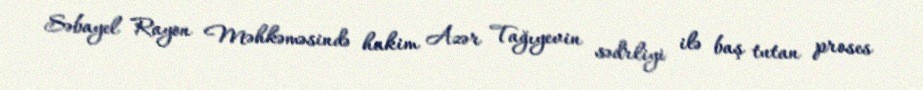
Səbayel Rayon Məhkəməsində hakim Azər Tağıyevin sədrliyi ilə baş tutan proses